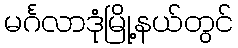
မင်္ဂလာဒုံမြို့နယ်တွင်